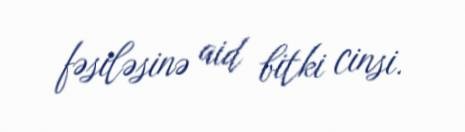
fəsiləsinə aid bitki cinsi.